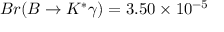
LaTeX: B r ( B \rightarrow K ^ { * } \gamma ) = 3 . 5 0 \times 1 0 ^ { - 5 }